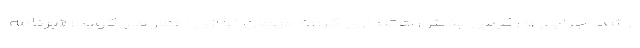
ارشد اجرایی و رئیس بخش هتلداری گروه مهمان نوازی اعمار می گوید: «برنامه